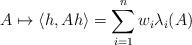
LaTeX: \begin{align*}A \mapsto \langle h, Ah\rangle =\sum_{i=1}^n w_i \lambda_i(A)\end{align*}